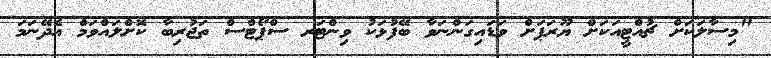
"މިސާލަކަށް ޗުއްޓީއަކަށް ޔޫރަޕަށް ވަޑައިގަންނަވާ ބޭފުޅަކު ވިންޓަރ ސްޕޯޓްސް ތަޖުރިބާ ކޮށްލައްވަމް އެދޭނަމަ